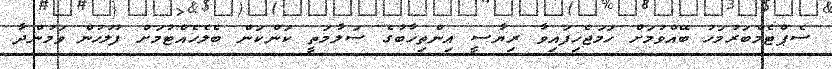
ސެޕްޓެމްބަރުމަހު ބޭއްވުމަށް ހަމަޖެހިފައިވާ ރިޔާސީ އިންތިޚާބުގެ ސަލާމަތީ ކަންކަން ބެލެހެއްޓުމަށް ފުލުހުން ވަމުންދާ